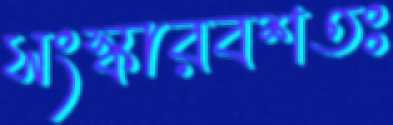
সংস্কারবশতঃ